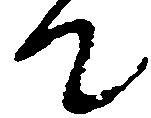
て